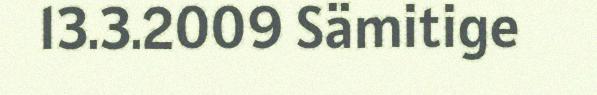
13.3.2009 Sämitige